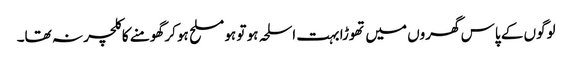
لوگوں کے پاس گھروں میں تھوڑا بہت اسلحہ ہو تو ہو مسلح ہو کر گھومنے کا کلچر نہ تھا۔